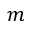
m